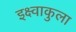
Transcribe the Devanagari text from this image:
इक्ष्वाकुला